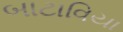
બાટાવિયા